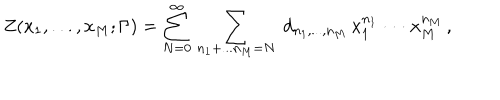
LaTeX: Z ( x _ { 1 } , . . . , x _ { M } ; \Gamma ) = \sum _ { N = 0 } ^ { \infty } \, \sum _ { n _ { 1 } + . . . n _ { M } = N } \; d _ { n _ { 1 } , . . . , n _ { M } } \, x _ { 1 } ^ { n _ { 1 } } \cdot \cdot \cdot x _ { M } ^ { n _ { M } } \, ,